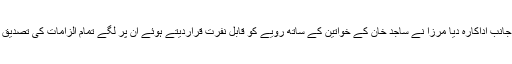
دوسری جانب اداکارہ دیا مرزا نے ساجد خان کے خواتین کے ساتھ رویے کو قابل نفرت قراردیتے ہوئے ان پر لگے تمام الزامات کی تصدیق کی تھی۔